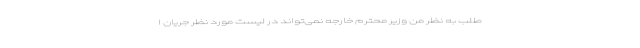
طلب به نظر من وزیر محترم خارجه نمی‌تواند در لیست مورد نظر جریان ا